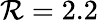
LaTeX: \mathcal{R}=2.2